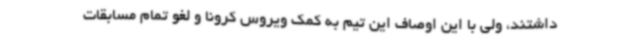
داشتند، ولی با این اوصاف این تیم به کمک ویروس کرونا و لغو تمام مسابقات